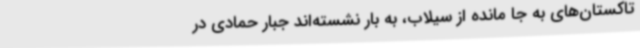
تاکستان‌های به جا مانده از سیلاب، به بار نشسته‌اند جبار حمادی در